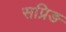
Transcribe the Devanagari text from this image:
सप्रिङ